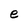
Character: e